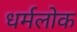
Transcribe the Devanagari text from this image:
धर्मलोक